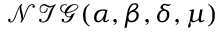
\mathcal { N I G } ( \alpha , \beta , \delta , \mu )